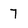
Character: 7